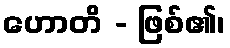
ဟောတိ - ဖြစ်၏၊